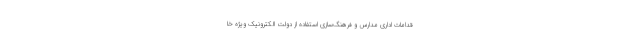
قدامات اداری مدارس و فرهنگ‌سازی استفاده از دولت الکترونیک ویژه خا